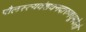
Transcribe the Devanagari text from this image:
पौलस्त्यवंशवनदारुणधूमकेतो